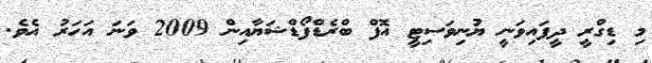
މި ޑިގްރީ ދީފައިވަނީ ޔުނިވަސިޓީ އޮފް ބްރެޑްފޯޑްޝަޔާއިން 2009 ވަނަ އަހަރު އެވެ.